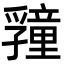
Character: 𭓜